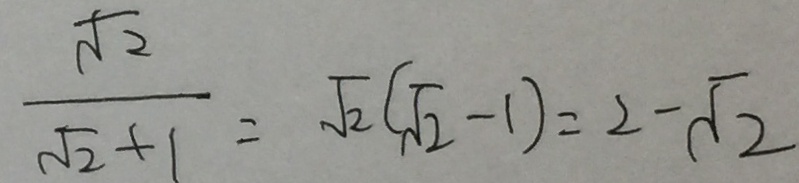
\frac { \sqrt { 2 } } { \sqrt { 2 } + 1 } = \sqrt { 2 } ( \sqrt { 2 } - 1 ) = 2 - \sqrt { 2 }